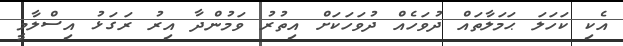
އެކި ކަހަލަ ޙަމަލާތައް ދުވަހެއް ދުވަހަކަށް އިތުރު ވަމުންދާ އިރު ރަގަޅު އިސްލާމީ